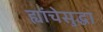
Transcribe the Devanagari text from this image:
ह्यांचेसुद्धा